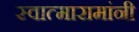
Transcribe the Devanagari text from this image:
स्वात्मारामांनी